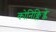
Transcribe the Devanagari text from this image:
कोनिंक्लिज्के